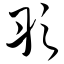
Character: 彤